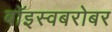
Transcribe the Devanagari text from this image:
बॉइस्वबरोबर